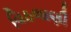
વિઠલાણી